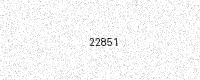
Text: 22851